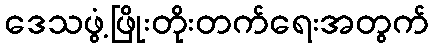
ဒေသဖွံ့ဖြိုးတိုးတက်ရေးအတွက်